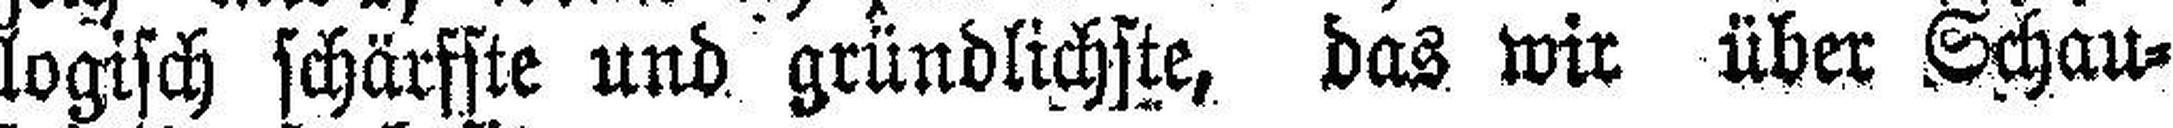
logisch schärfste und gründlichste, das wir über Schau¬